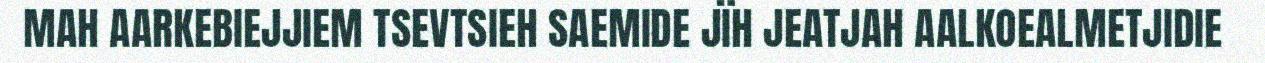
MAH AARKEBIEJJIEM TSEVTSIEH SAEMIDE JÏH JEATJAH AALKOEALMETJIDIE